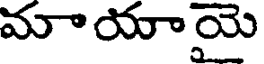
మాయాయె